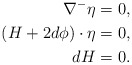
\begin{align*} \nabla^- \eta &= 0,\\ (H + 2 d\phi)\cdot \eta & = 0,\\ dH & = 0. \end{align*}